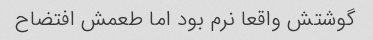
گوشتش واقعا نرم بود اما طعمش افتضاح